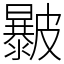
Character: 㿺